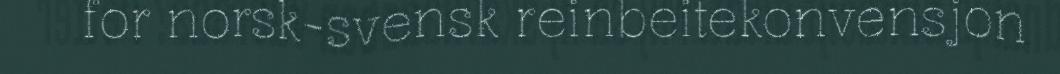
for norsk-svensk reinbeitekonvensjon